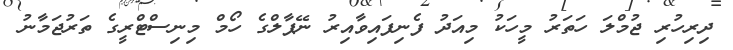
ދިރިހުރި ޖުމްލަ ހަތަރު މީހަކު މިއަދު ފެނިފައިވާއިރު ނޭޕާލްގެ ހޯމް މިނިސްޓްރީގެ ތަރުޖަމާނު